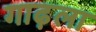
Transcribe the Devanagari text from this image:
गाढ़ला